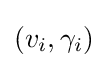
(v_{i},\gamma _{i})